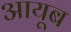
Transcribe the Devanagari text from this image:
आयूब